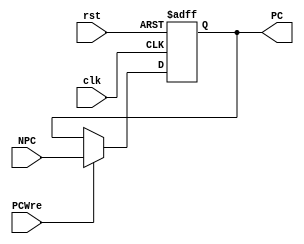
module PC(clk, rst, NPC, PC, PCWre);
input clk;
input rst;
input PCWre;
input[31:0] NPC;
output reg[31:0] PC;
initial
begin
    PC <= 32'b0;
end

always @(posedge clk, posedge rst)
begin
    if(rst)
        PC <= 32'b0;
    else
        begin
            if(PCWre)
                PC <= NPC;
            else
                PC <= PC;
        end
end

endmodule